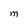
Character: m